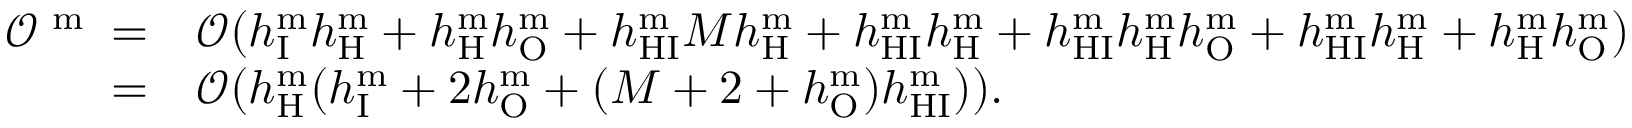
\begin{array} { r l } { \mathcal { O } ^ { \textrm { m } } = } & { \mathcal { O } ( h _ { \mathrm { I } } ^ { \mathrm { m } } h _ { \mathrm { H } } ^ { \mathrm { m } } + h _ { \mathrm { H } } ^ { \mathrm { m } } h _ { \mathrm { O } } ^ { \mathrm { m } } + h _ { \mathrm { H I } } ^ { \mathrm { m } } M h _ { \mathrm { H } } ^ { \mathrm { m } } + h _ { \mathrm { H I } } ^ { \mathrm { m } } h _ { \mathrm { H } } ^ { \mathrm { m } } + h _ { \mathrm { H I } } ^ { \mathrm { m } } h _ { \mathrm { H } } ^ { \mathrm { m } } h _ { \mathrm { O } } ^ { \mathrm { m } } + h _ { \mathrm { H I } } ^ { \mathrm { m } } h _ { \mathrm { H } } ^ { \mathrm { m } } + h _ { \mathrm { H } } ^ { \mathrm { m } } h _ { \mathrm { O } } ^ { \mathrm { m } } ) } \\ { = } & { \mathcal { O } ( h _ { \mathrm { H } } ^ { \mathrm { m } } ( h _ { \mathrm { I } } ^ { \mathrm { m } } + 2 h _ { \mathrm { O } } ^ { \mathrm { m } } + ( M + 2 + h _ { \mathrm { O } } ^ { \mathrm { m } } ) h _ { \mathrm { H I } } ^ { \mathrm { m } } ) ) . } \end{array}